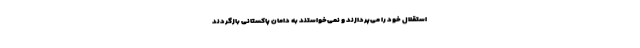
استقلال خود را می‌پردازند و نمی‌خواستند به دامان پاکستانی بازگردند